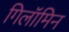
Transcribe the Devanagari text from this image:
गिलॉमिन